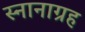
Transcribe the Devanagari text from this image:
स्नानाग्रह